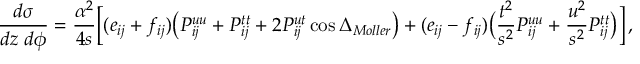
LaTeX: { \frac { d \sigma } { d z ~ d \phi } } = { \frac { \alpha ^ { 2 } } { 4 s } } \bigg [ ( e _ { i j } + f _ { i j } ) \big ( P _ { i j } ^ { u u } + P _ { i j } ^ { t t } + 2 P _ { i j } ^ { u t } \cos \Delta _ { M o l l e r } \big ) + ( e _ { i j } - f _ { i j } ) \big ( { \frac { t ^ { 2 } } { s ^ { 2 } } } P _ { i j } ^ { u u } + { \frac { u ^ { 2 } } { s ^ { 2 } } } P _ { i j } ^ { t t } \big ) \bigg ] \, ,